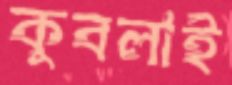
কুবলাই